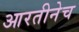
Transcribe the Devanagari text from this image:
आरतीनेच